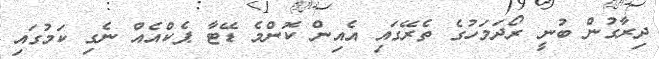
ދިރާގުން ބުނީ ރޯދަމަހުގެ ތެރޭގައި އެއިން ކޮންމެ ޑޭޓާ ޕެކްއެއް ނެގި ކަމުގައި